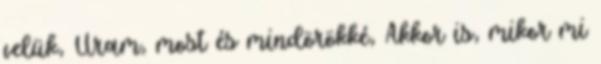
velük, Uram, most és mindörökké, Akkor is, mikor mi